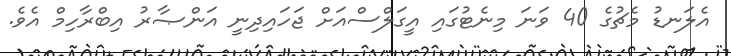
އެލަނޑު މެޗުގެ 40 ވަނަ މިނެޓުގައި އީގަލްސްއަށް ޖަހައިދިނީ އަންޞާރު އިބްރާހިމް އެވެ.